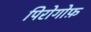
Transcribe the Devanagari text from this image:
पिरोगोफ़